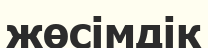
жөсімдік